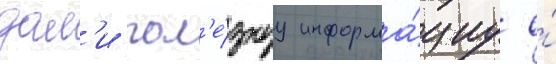
дал'и пол'е́знуу информа́циу о́